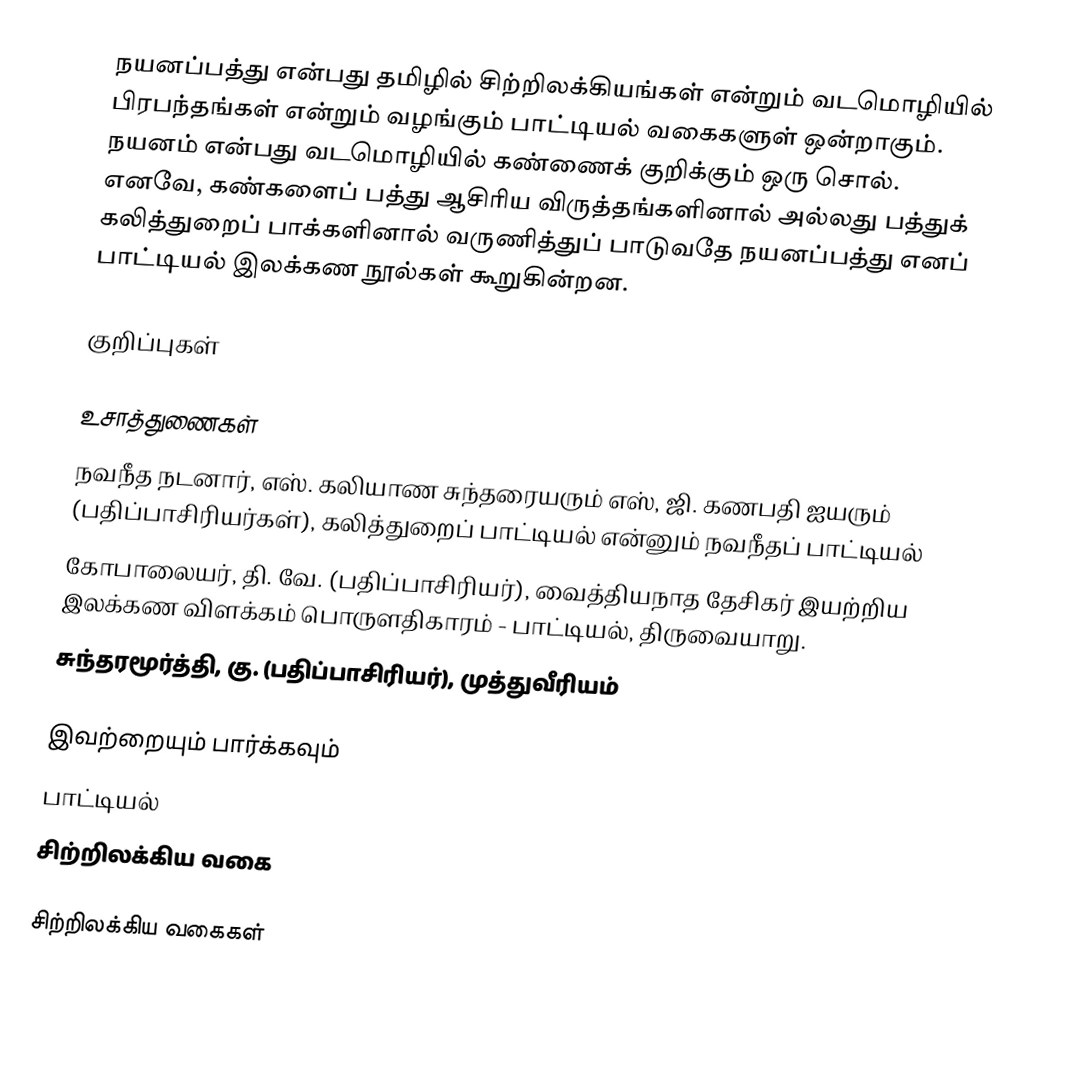
நயனப்பத்து என்பது தமிழில் சிற்றிலக்கியங்கள் என்றும் வடமொழியில் பிரபந்தங்கள் என்றும் வழங்கும் பாட்டியல் வகைகளுள் ஒன்றாகும். நயனம் என்பது வடமொழியில் கண்ணைக் குறிக்கும் ஒரு சொல். எனவே, கண்களைப் பத்து ஆசிரிய விருத்தங்களினால் அல்லது பத்துக் கலித்துறைப் பாக்களினால் வருணித்துப் பாடுவதே நயனப்பத்து எனப் பாட்டியல் இலக்கண நூல்கள் கூறுகின்றன.

குறிப்புகள்

உசாத்துணைகள்
 நவநீத நடனார், எஸ். கலியாண சுந்தரையரும் எஸ், ஜி. கணபதி ஐயரும் (பதிப்பாசிரியர்கள்), கலித்துறைப் பாட்டியல் என்னும் நவநீதப் பாட்டியல்
 கோபாலையர், தி. வே. (பதிப்பாசிரியர்), வைத்தியநாத தேசிகர் இயற்றிய இலக்கண விளக்கம் பொருளதிகாரம் - பாட்டியல், திருவையாறு.
 சுந்தரமூர்த்தி, கு. (பதிப்பாசிரியர்), முத்துவீரியம்

இவற்றையும் பார்க்கவும்
 பாட்டியல்
 சிற்றிலக்கிய வகை

சிற்றிலக்கிய வகைகள்